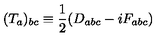
( T _ { a } ) _ { b c } \equiv \frac { 1 } { 2 } ( D _ { a b c } - i F _ { a b c } )